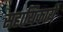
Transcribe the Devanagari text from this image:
सहायिकायें